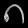
Digit: ၈